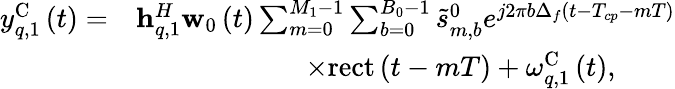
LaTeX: \begin{array}{rl}{y_{q,1}^{\mathrm{{C}}}\left(t\right)=}&{{\mathbf{h}}_{q,1}^{H}{{\mathbf{w}}_{0}}\left(t\right)\sum_{m=0}^{{M_{1}}-1}{\sum_{b=0}^{{B_{0}}-1}{\tilde{s}_{m,b}^{0}}}{e^{j2\pi b\Delta_{f}\left({t-{T_{cp}}-m{T}}\right)}}}\\ &{\qquad\qquad\qquad\times{\mathrm{rect}}\left({t-m{T}}\right)+\omega_{q,1}^{\mathrm{{C}}}\left(t\right),}\end{array}